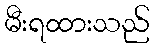
မီးရထားသည်